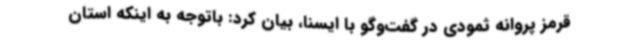
قرمز پروانه ثمودی در گفت‌وگو با ایسنا، بیان کرد: باتوجه به اینکه استان